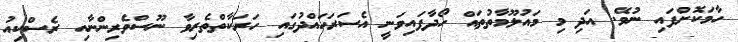
ހާމަކޮށްފައި ނުވޭ. އަދި މި މައުލޫމާތުތައް ހޯދާފައިވަނީ އެސަރަޙައްދުގައި ހަރަކާތްތެރިވާ ނޫސްވެރިންނާއި ރެސްކިއު